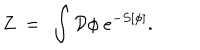
LaTeX: Z \ = \ \int \mathcal { D } \phi \ e ^ { - S [ \phi ] } .